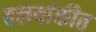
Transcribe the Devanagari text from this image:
वलयांकीत